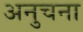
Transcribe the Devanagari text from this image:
अनुचना